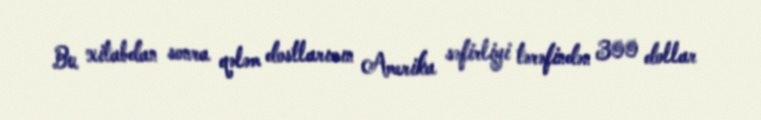
Bu xitabdan sonra qələm dostlarımın Amerika səfirliyi tərəfindən 300 dollar